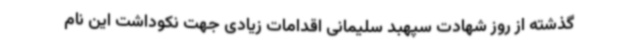
گذشته از روز شهادت سپهبد سلیمانی اقدامات زیادی جهت نکوداشت این نام